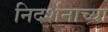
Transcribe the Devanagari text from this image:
निदर्शनाच्या